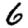
Digit: 6